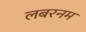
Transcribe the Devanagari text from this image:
लबरनम